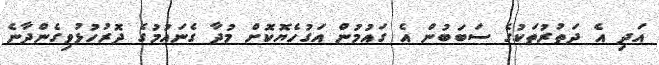
އަދި އެ ދަތުރުތަކުގެ ސަބަބުން އެ ގައުމުން އަގުހެޔޮކޮށް މުދާ ގެނައުމުގެ ދޮރުހުޅުވިގެންދާނެ